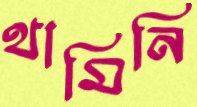
থামিনি